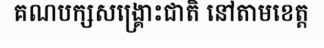
គណបក្សសង្គ្រោះជាតិ នៅតាមខេត្ត